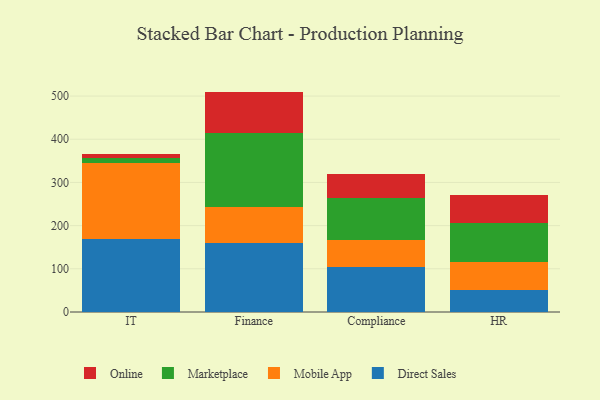
{"axis": {"x": "Department", "y": "Backlog"}, "legend": ["Direct Sales", "Marketplace", "Mobile App", "Online"], "data": [{"x": "IT", "y": 169.9, "type": "Direct Sales"}, {"x": "IT", "y": 174.6, "type": "Mobile App"}, {"x": "IT", "y": 11.5, "type": "Marketplace"}, {"x": "IT", "y": 9.8, "type": "Online"}, {"x": "Finance", "y": 160.9, "type": "Direct Sales"}, {"x": "Finance", "y": 81.1, "type": "Mobile App"}, {"x": "Finance", "y": 172.8, "type": "Marketplace"}, {"x": "Finance", "y": 95.5, "type": "Online"}, {"x": "Compliance", "y": 104.8, "type": "Direct Sales"}, {"x": "Compliance", "y": 61.2, "type": "Mobile App"}, {"x": "Compliance", "y": 97.4, "type": "Marketplace"}, {"x": "Compliance", "y": 56.7, "type": "Online"}, {"x": "HR", "y": 51.2, "type": "Direct Sales"}, {"x": "HR", "y": 65.5, "type": "Mobile App"}, {"x": "HR", "y": 90.1, "type": "Marketplace"}, {"x": "HR", "y": 63.9, "type": "Online"}]}